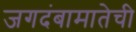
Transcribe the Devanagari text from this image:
जगदंबामातेची